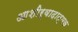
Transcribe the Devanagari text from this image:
आशीर्वादात्मक